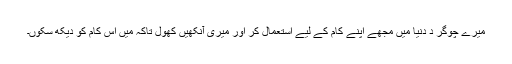
میرے چوگر د دنیا میں مجھے اپنے کام کے لیے استعمال کر اور میری آنکھیں کھول تاکہ میں اس کام کو دیکھ سکوں۔